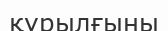
қүрылғыны